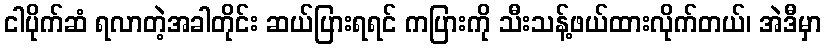
ငါပိုက်ဆံ ရလာတဲ့အခါတိုင်း ဆယ်ပြားရရင် ကပြားကို သီးသန့်ဖယ်ထားလိုက်တယ်၊ အဲဒီမှာ